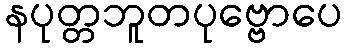
နပုတ္တဘူတပုဗ္ဗောပေ